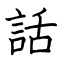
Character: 話